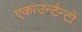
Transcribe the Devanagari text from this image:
एकाउन्टैन्टों